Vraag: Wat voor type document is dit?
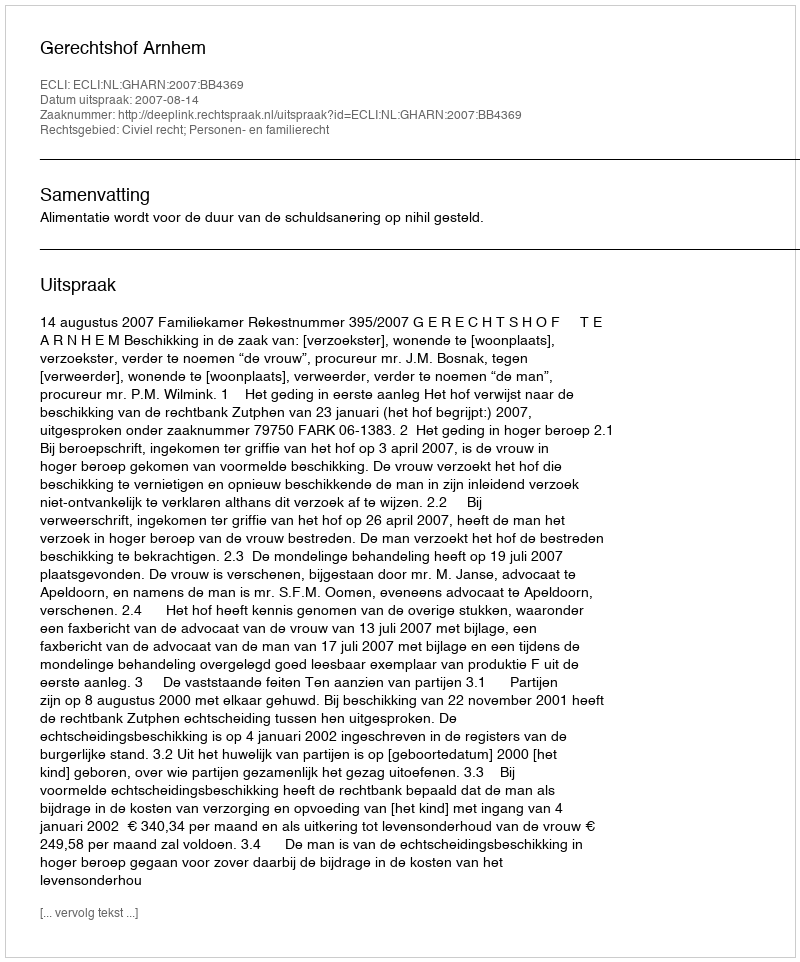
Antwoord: Uitspraak